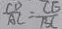
\frac { C D } { A C } = \frac { C E } { B C }